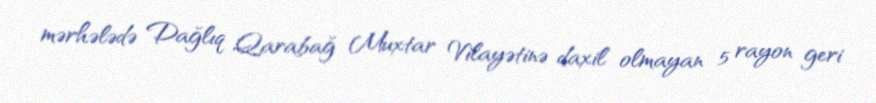
mərhələdə Dağlıq Qarabağ Muxtar Vilayətinə daxil olmayan 5 rayon geri